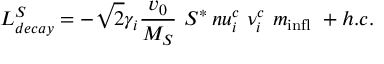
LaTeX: L _ { d e c a y } ^ { S } = - \sqrt { 2 } \gamma _ { i } \frac { v _ { 0 } } { M _ { S } } \ S ^ { * } \, n u _ { i } ^ { c } \ \nu _ { i } ^ { c } \ m _ { \mathrm { i n f l } } \ + h . c .